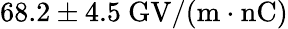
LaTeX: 68.2\pm 4.5~\mathrm{GV/(m\cdot nC)}